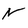
Character: n